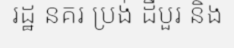
រដ្ឋ នគរ ប្រង់ ដឺបួរ និង